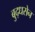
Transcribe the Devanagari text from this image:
बुद्धसेन